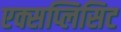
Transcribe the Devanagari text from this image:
एक्सप्लिसिट